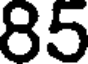
85